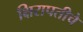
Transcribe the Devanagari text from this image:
क्षिरापतीचे